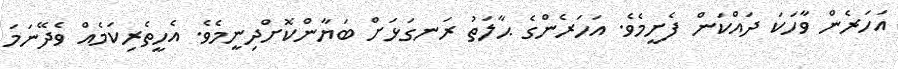
އަހަރެން ވާހަކަ ދައްކަން ފެށީމެވެ. އަހަރެންގެ ޙާލަތު ރަނގަޅަށް ބަޔާންކޮށްދިނީމެވެ. އެހީތެރިކަމެއް ވެދޭނަމަ